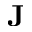
\mathbf { J }